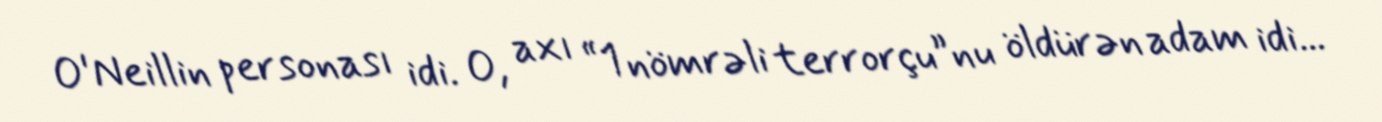
O'Neillin personası idi. O, axı “1 nömrəli terrorçu”nu öldürən adam idi...